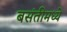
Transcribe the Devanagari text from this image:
बसंतीमध्ये